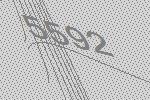
5592